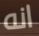
انه